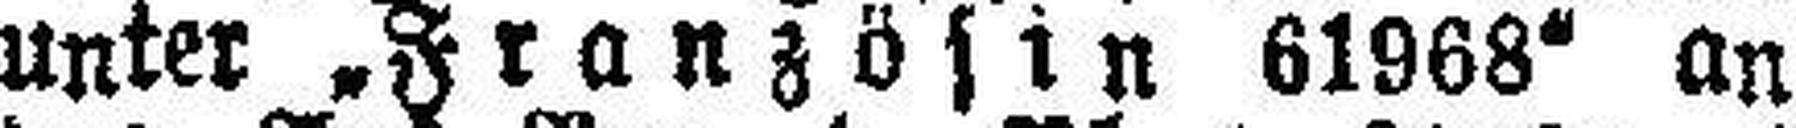
unter „Französin 61968“ an